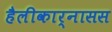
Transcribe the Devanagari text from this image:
हैलीकार्नासस